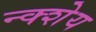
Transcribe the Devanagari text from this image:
न्क्शेय